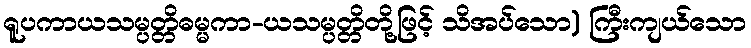
ရူပကာယသမ္ပတ္တိဓမ္မကာ-ယသမ္ပတ္တိတို့ဖြင့် သိအပ်သော) ကြီးကျယ်သော